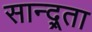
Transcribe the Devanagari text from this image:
सान्द्र्ता